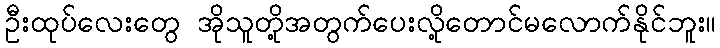
ဦးထုပ်လေးတွေ အိုသူတို့အတွက်ပေးလို့တောင်မလောက်နိုင်ဘူး။